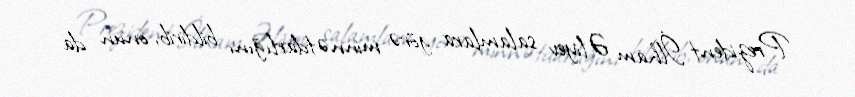
Prezident İlham Əliyev salamlara görə minnətdarlığını bildirib, onun da